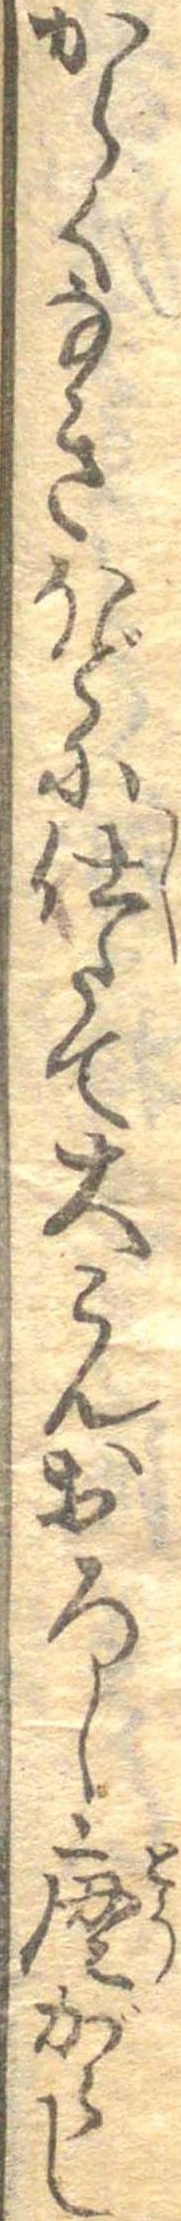
からくなきほどに仕たて大こんおろし唐がらし